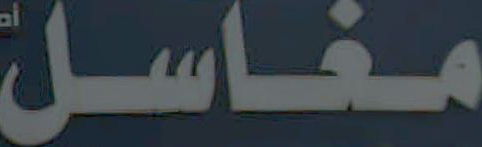
مغاسل